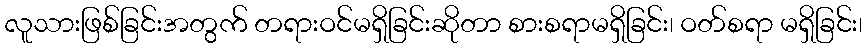
လူသားဖြစ်ခြင်းအတွက် တရားဝင်မရှိခြင်းဆိုတာ စားစရာမရှိခြင်း၊ ဝတ်စရာ မရှိခြင်း၊